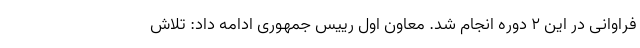
فراوانی در این ۲ دوره انجام شد. معاون اول رییس جمهوری ادامه داد: تلاش